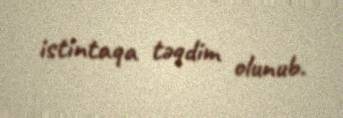
istintaqa təqdim olunub.